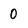
Character: 0